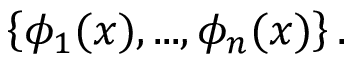
\left\{ \phi _ { 1 } ( x ) , . . . , \phi _ { n } ( x ) \right\} .